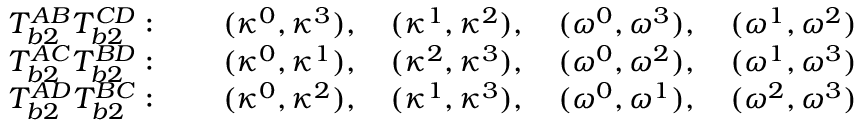
\begin{array} { c c } { T _ { b 2 } ^ { A B } T _ { b 2 } ^ { C D } : \qquad ( \kappa ^ { 0 } , \kappa ^ { 3 } ) , \quad ( \kappa ^ { 1 } , \kappa ^ { 2 } ) , \quad ( \omega ^ { 0 } , \omega ^ { 3 } ) , \quad ( \omega ^ { 1 } , \omega ^ { 2 } ) } \\ { T _ { b 2 } ^ { A C } T _ { b 2 } ^ { B D } : \qquad ( \kappa ^ { 0 } , \kappa ^ { 1 } ) , \quad ( \kappa ^ { 2 } , \kappa ^ { 3 } ) , \quad ( \omega ^ { 0 } , \omega ^ { 2 } ) , \quad ( \omega ^ { 1 } , \omega ^ { 3 } ) } \\ { T _ { b 2 } ^ { A D } T _ { b 2 } ^ { B C } : \qquad ( \kappa ^ { 0 } , \kappa ^ { 2 } ) , \quad ( \kappa ^ { 1 } , \kappa ^ { 3 } ) , \quad ( \omega ^ { 0 } , \omega ^ { 1 } ) , \quad ( \omega ^ { 2 } , \omega ^ { 3 } ) } \end{array}